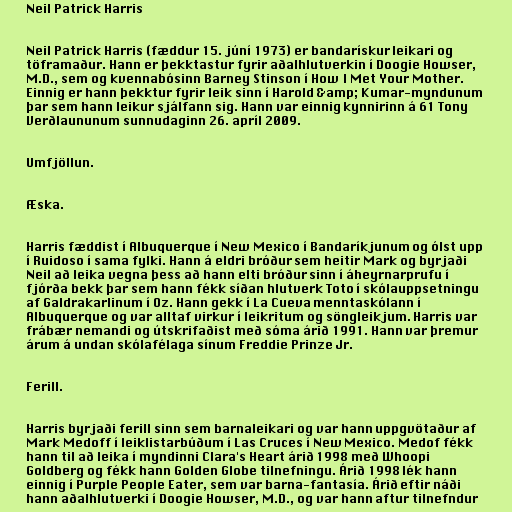
Neil Patrick Harris

Neil Patrick Harris (fæddur 15. júní 1973) er bandarískur leikari og
töframaður. Hann er þekktastur fyrir aðalhlutverkin í Doogie Howser,
M.D., sem og kvennabósinn Barney Stinson í How I Met Your Mother.
Einnig er hann þekktur fyrir leik sinn í Harold &amp; Kumar-myndunum
þar sem hann leikur sjálfann sig. Hann var einnig kynnirinn á 61 Tony
Verðlaununum sunnudaginn 26. apríl 2009.

Umfjöllun.

Æska.

Harris fæddist í Albuquerque í New Mexico í Bandaríkjunum og ólst upp
í Ruidoso í sama fylki. Hann á eldri bróður sem heitir Mark og byrjaði
Neil að leika vegna þess að hann elti bróður sinn í áheyrnarprufu í
fjórða bekk þar sem hann fékk síðan hlutverk Toto í skólauppsetningu
af Galdrakarlinum í Oz. Hann gekk í La Cueva menntaskólann í
Albuquerque og var alltaf virkur í leikritum og söngleikjum. Harris var
frábær nemandi og útskrifaðist með sóma árið 1991. Hann var þremur
árum á undan skólafélaga sínum Freddie Prinze Jr.

Ferill.

Harris byrjaði ferill sinn sem barnaleikari og var hann uppgvötaður af
Mark Medoff í leiklistarbúðum í Las Cruces í New Mexico. Medof fékk
hann til að leika í myndinni Clara's Heart árið 1998 með Whoopi
Goldberg og fékk hann Golden Globe tilnefningu. Árið 1998 lék hann
einnig í Purple People Eater, sem var barna-fantasía. Árið eftir náði
hann aðalhlutverki í Doogie Howser, M.D., og var hann aftur tilnefndur